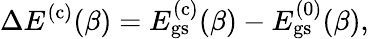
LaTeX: \Delta E^{(\mathrm{c})}(\beta)=E_{\mathrm{gs}}^{(\mathrm{c})}(\beta)-E_{\mathrm{gs}}^{(0)}(\beta),